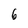
Character: 6